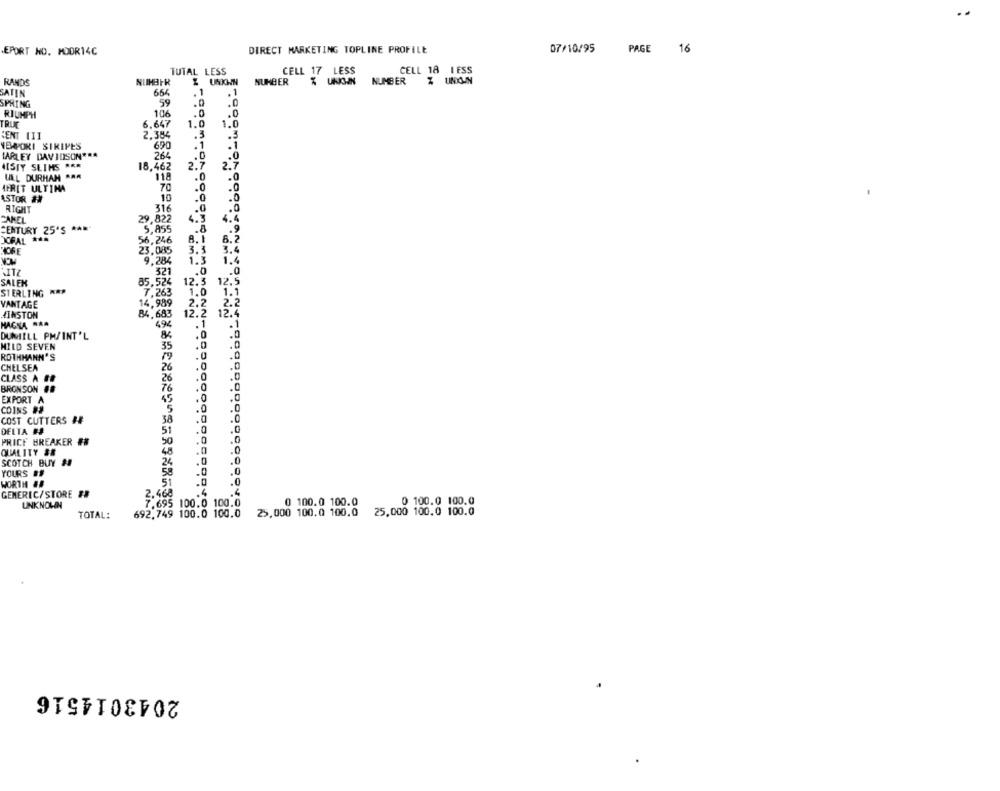
07/10/95
EPORT NO. MUDR14C
DIRECT MARKETING TOPLINE PROFILE
PAGE 16
TUTAL LESS
CELL 17 LESS
CELL 18 I ESS
RANDS
X UNKWN
NUMBER
NUMBER
ATIN
654
.1
SPRING
59
.0
106
RIUMPH
.0
TRUC
6.647
1.0
1.0
CENT III
2.384
.3
.3
NEMPORI STRIPES
690
.1
.1
HARLEY DAVIDSON*RA
264
.0
MISTY SLIMS ***
18,462
2.7
2.7
UEL DURHAM ARA
118
AFRIT ULTIMA
70
.0
.0
ASTOR ##
10
RIGHT
316
.0
CAMEL
29,822
4.3
4.4
CENTURY 25'S ***
5,855
8. 1
6.7
OCFAL ***
56,246
"ICFE
23.085
3.
3.4
9,284
1.3
1.4
321
.. 0
SALEM
85,524
12.3
12.5
STERLING AAP
.263
1.0
1.1
2.2
VANTAGE
,989
2.
WINSTON
84,683
12.2 12.4
HAGNA ** A
494
.1
.1
DUMIELL PH/INT'L
.0
MILD SEVEN
35
.0
.0
ROTHMANN'S
.0
.0
CHELSEA
26
.0
.0
CLASS A #
26
.0
.0
BRONSON #8
76
.0
.0
EXPORT A
45
.0
,0
COINS ##
5
.0
.0
COST CUTTERS BE
38
.0
.0
DELTA #
51
.0
.0
PRICF BREAKER ##
50
.0
.0
QUALITY S&
48
.0
.0
SCOTCH BUY #
24
.0
.0
YOURS ##
.0
.0
WORTH ##
51
.0
.0
.4
GENERIC/STORE ##
2.468
UNKNOWN
7.695 100.0 100.0
0 100.0 100.0
0 100.0 100.0
TOTAL:
692,749 100.0 100.0
25,000 100.0 100.0
25,000 100.0 100.0
2043014516